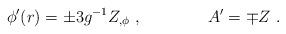
LaTeX: \begin{align*}\phi' (r) = \pm 3 g^{-1} Z_{, \phi}\ , \qquad \qquad A' = \mp Z \ .\end{align*}